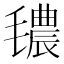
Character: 𱥧